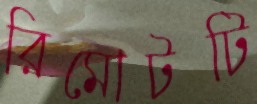
রিমোটটি